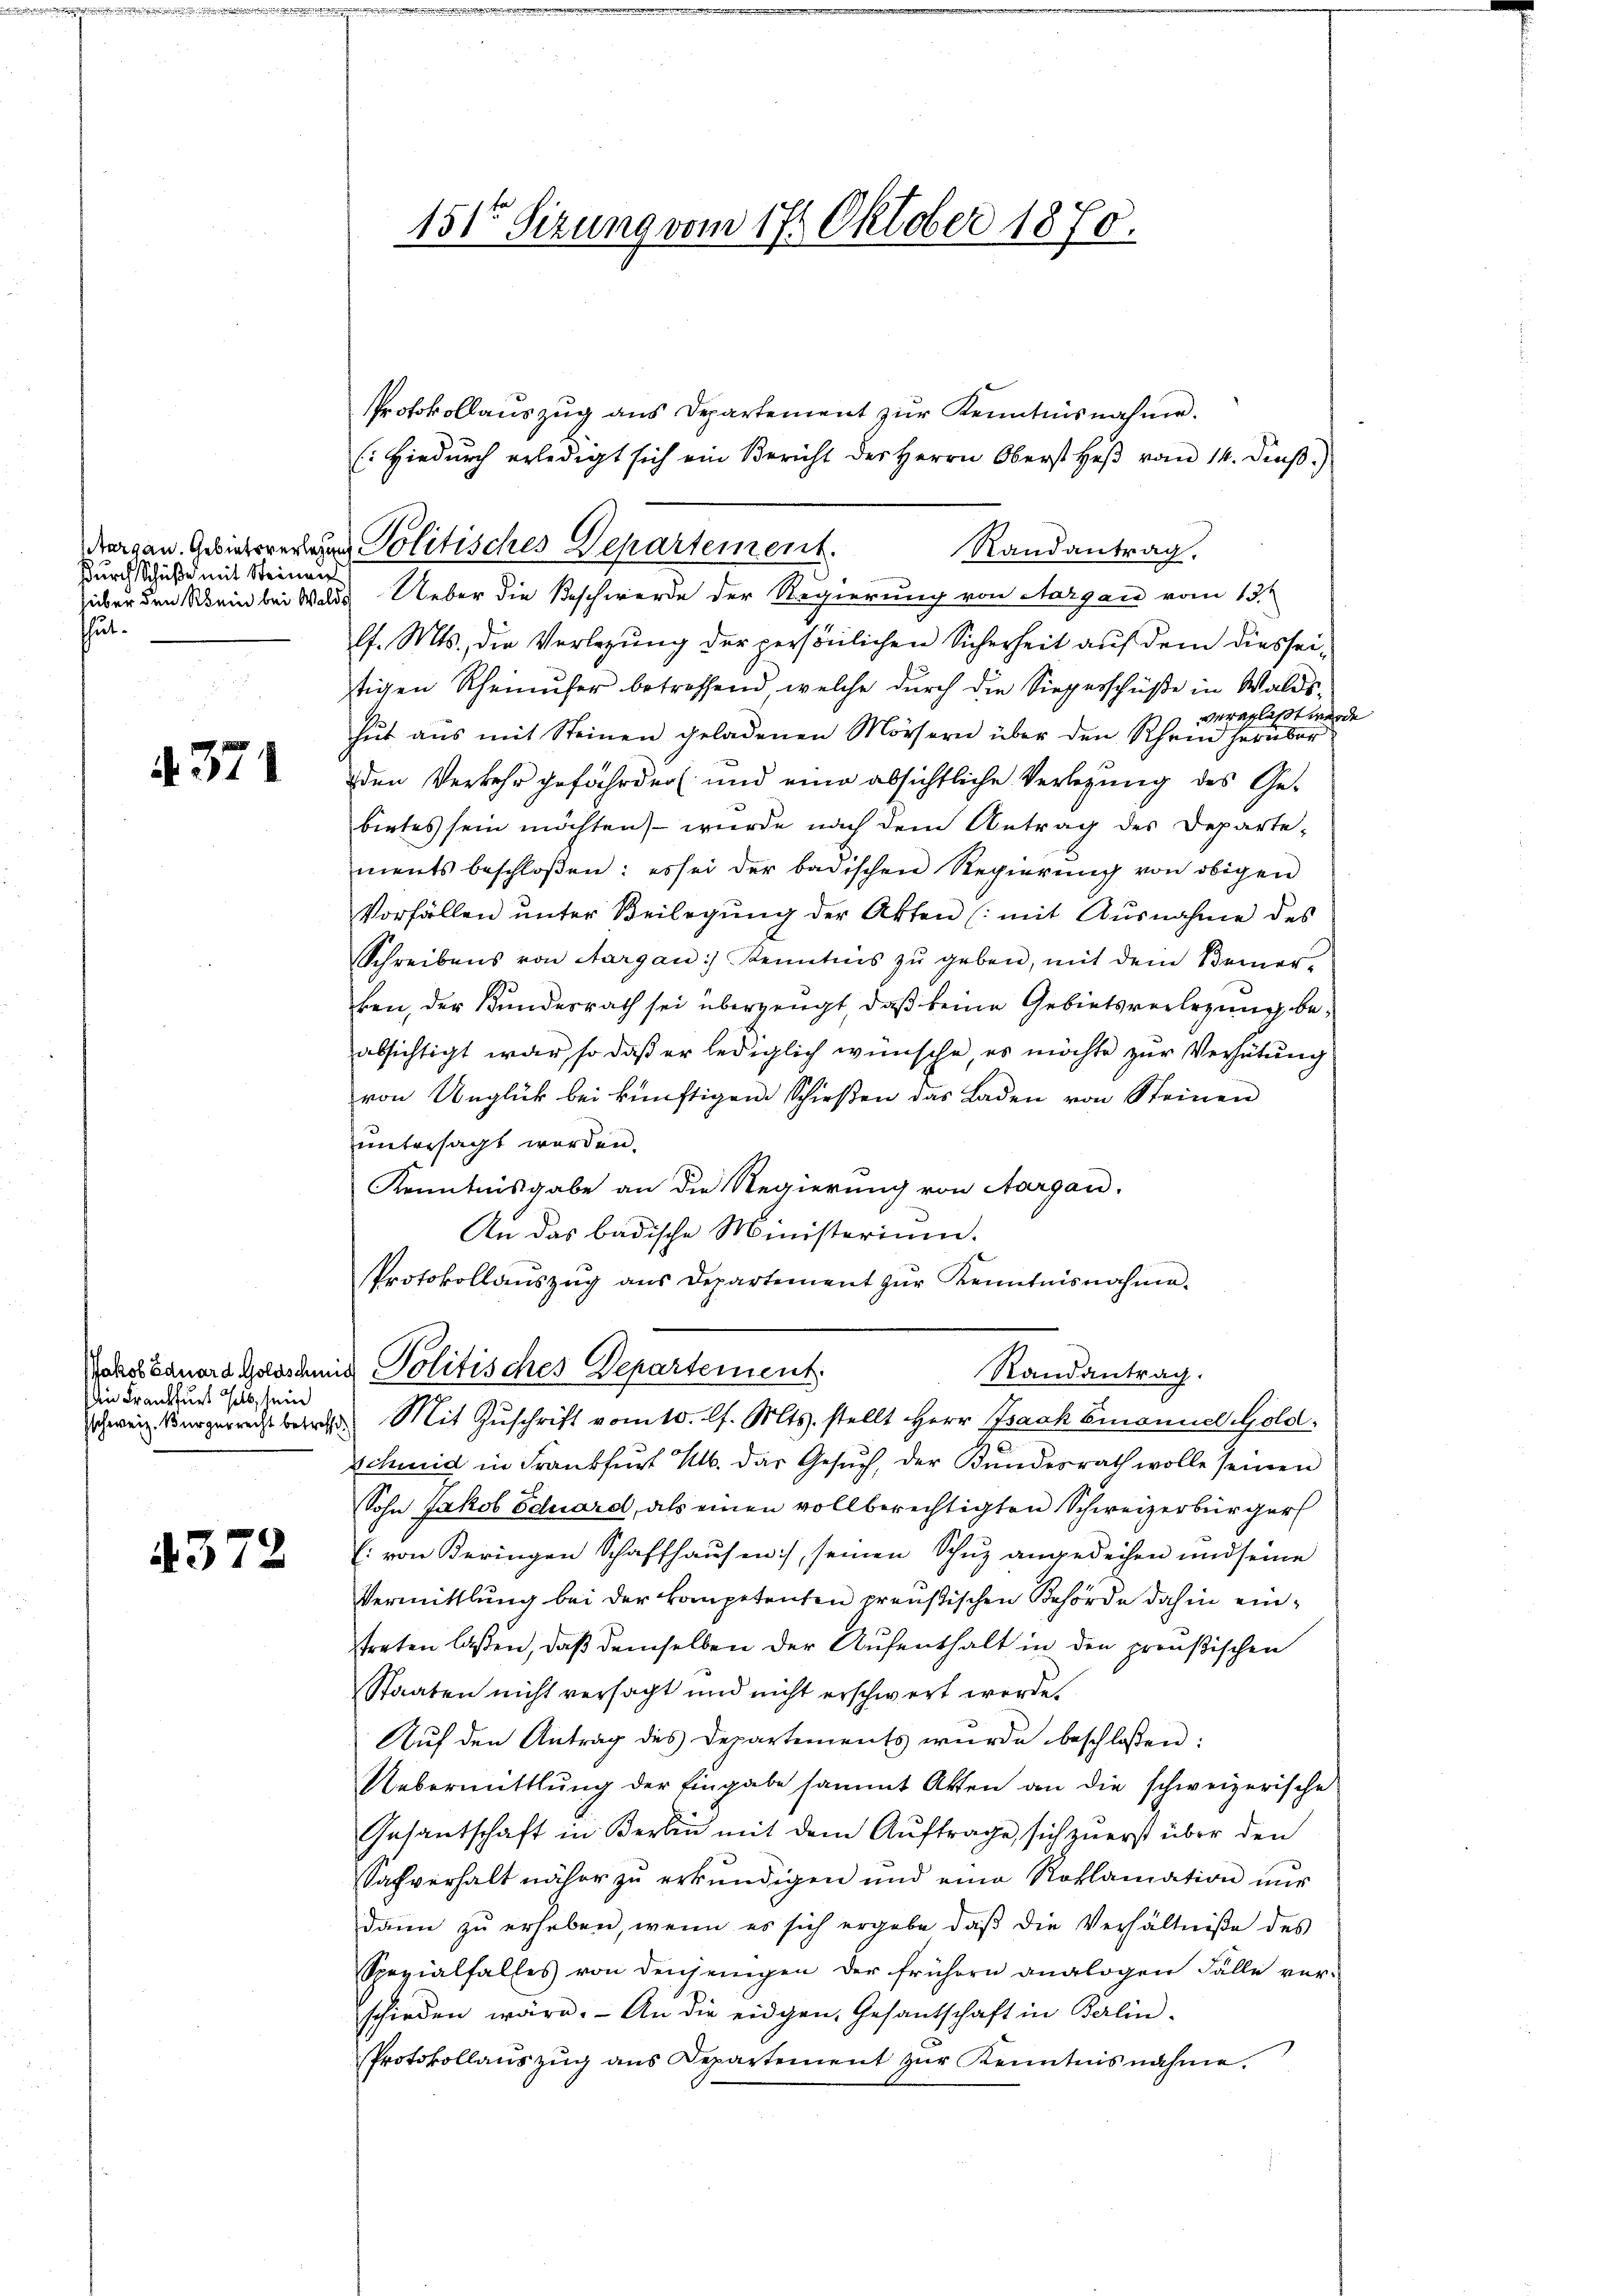
Aargau. Gebietsverlegen
durch Schüße mit Steinaus
über den Rhein bei Walds
hut.

371

Jakob Eduard Goldschein
Ain Frankfurt halb, sein
sschweiz. Bürgerrecht betreffe

4372

151ten Sizung vom 17. Oktober 1870.

Politisches Departement.

Protokollauszug aus Departement zur Kenntnisnahme.
(Hiedurch erledigt sich ein Bericht der Herrn Oberst Heβ vom 14. dieβ.)
Randantrag.
Ueber die Beschwerde der Regierung von Aargau vom 13.
l. Mts., die Verlegung der persönlichen Sicherheit auf dem diesseistigen Rheinufer betreffend welche durch die Siegerschüße in Waldsveranlasst werde
hŭt aŭs mit Steinen geladenen Mörsern über den Rhein herüber
den Verkehr gefährden und eine absichtliche Verlegung des Gebirtes sein möchten, – wurde nach dem Antrag des Departements beschloßen: es sei der badischen Regierŭng von obigen
Vorfällen ŭnter Beilegŭng der Akten (mit Ausnahme des
Schreibens von Aargau) Kenntnis zŭ geben, mit dem Bemer-
ben, der Bundesrath sei überzeugt, daß keine Gebietsverlegung beabsichtigt war, so daß er lediglich wünsche, es möchte zur Verhütung
von Unglück bei künftigem Schießen das Laden von Steinen
untersagt worden.
Kenntnisgabe an die Regierung von Aargau.
An das badische Ministerium.
Protokollaŭszŭg aŭs Departement zŭr Kenntnisnahme.
& Politisches Departement:
Randantrag.
Mit Zŭschrift vom 10. l. Mts. stellt Herr Isaak Emanuel Gold.
schmid in Frankfurt M. das Gesuch, der Bundesrath wolle seinen
Sohn Jakob Schard, als einen vollberechtigten Schweizerbürger
E. von Beringen Schaffhausen), seinen Schutz angedeihen und seine
Vermittlung bei der kompetenten preußischen Behörde dahin einstreten laßen, daß demselben der Aufenthalt in den preußischen
Staaten nicht versagt und nicht erschwert werde.
Auf den Antrag des Departements wurde beschlossen:
Uebermittlung der Eingabe sammt Akten an die schweizerische
Gesantschaft in Berlin mit dem Auftrage, sich zuerst über den
Safverhalt näher zŭ erkŭndigen und eine Roklamation nŭr
dann zu erheben, wenn es sich ergabe daβ die Verhältniße des
Spezialfalles von denjenigen der frühern analogen Fälle ver-
schieden wäre. An die eidgen, Gesantschaft in Berlin-
Protokollanszŭg ans Departement zŭr Kenntnisnahme.